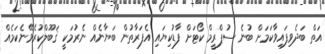
އަތް ބަދެވިފައިވާކަމަށް ބުނެ ސުޕްރީމް ކޯޓަށް ފާޑުކިޔައި އެފަރާތުން ބަޔާނެއް ނެރުމަކީ ޤަބޫލްކުރެވޭނެކަމެއް